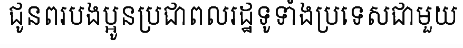
ជូនពរបងប្អូនប្រជាពលរដ្ឋទូទាំងប្រទេសជាមួយ